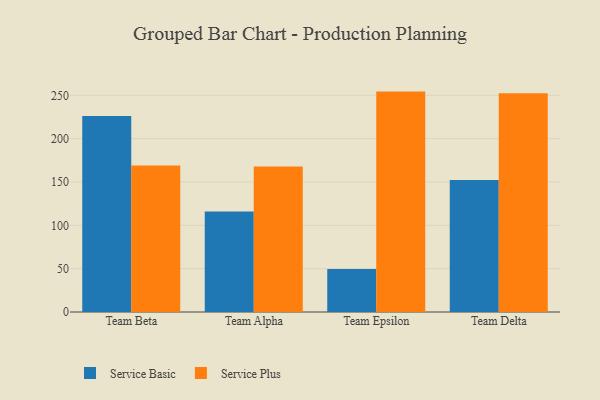
{"axis": {"x": "Team", "y": "Tickets Resolved"}, "legend": ["Service Basic", "Service Plus"], "data": [{"x": "Team Beta", "y": 226.2, "type": "Service Basic"}, {"x": "Team Beta", "y": 169.0, "type": "Service Plus"}, {"x": "Team Alpha", "y": 115.9, "type": "Service Basic"}, {"x": "Team Alpha", "y": 167.8, "type": "Service Plus"}, {"x": "Team Epsilon", "y": 49.7, "type": "Service Basic"}, {"x": "Team Epsilon", "y": 254.3, "type": "Service Plus"}, {"x": "Team Delta", "y": 152.4, "type": "Service Basic"}, {"x": "Team Delta", "y": 252.5, "type": "Service Plus"}]}